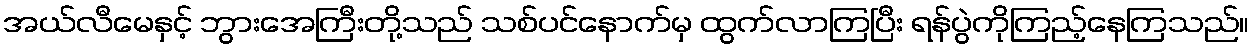
အယ်လီမေနှင့် ဘွားအေကြီးတို့သည် သစ်ပင်နောက်မှ ထွက်လာကြပြီး ရန်ပွဲကိုကြည့်နေကြသည်။